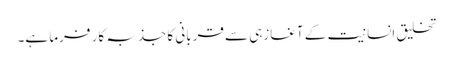
تخلیق انسانیت کے آغازہی سے قربانی کا جذبہ کار فرما ہے۔